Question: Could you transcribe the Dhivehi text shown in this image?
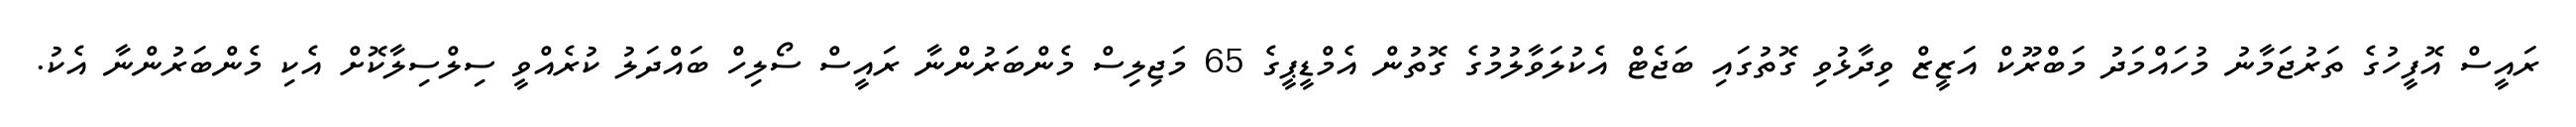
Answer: ރައީސް އޮފީހުގެ ތަރުޖަމާނު މުހައްމަދު މަބްރޫކް އަޒީޒް ވިދާޅުވި ގޮތުގައި ބަޖެޓް އެކުލަވާލުމުގެ ގޮތުން އެމްޑީޕީގެ 65 މަޖިލިސް މެންބަރުންނާ ރައީސް ސޯލިހް ބައްދަލު ކުރެއްވީ ސިލްސިލާކޮށް އެކި މެންބަރުންނާ އެކު.